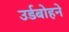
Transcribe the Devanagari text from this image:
उर्डबोहने